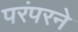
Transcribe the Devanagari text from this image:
परंपरने